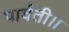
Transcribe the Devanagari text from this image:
पार्वती।।